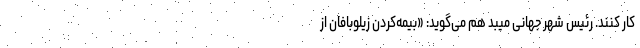
کار کنند. رئیس شهر جهانی میبد هم می‌گوید: «بیمه‌کردن زیلوبافان از